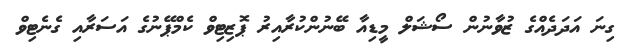
ގިނަ އަދަދެއްގެ ޒުވާނުން ސޯޝަލް މީޑިއާ ބޭނުންކުރާއިރު ޕޮޒިޓިވް ކެމްޕޭނުގެ އަސަރާއި ގެނެޓިވް